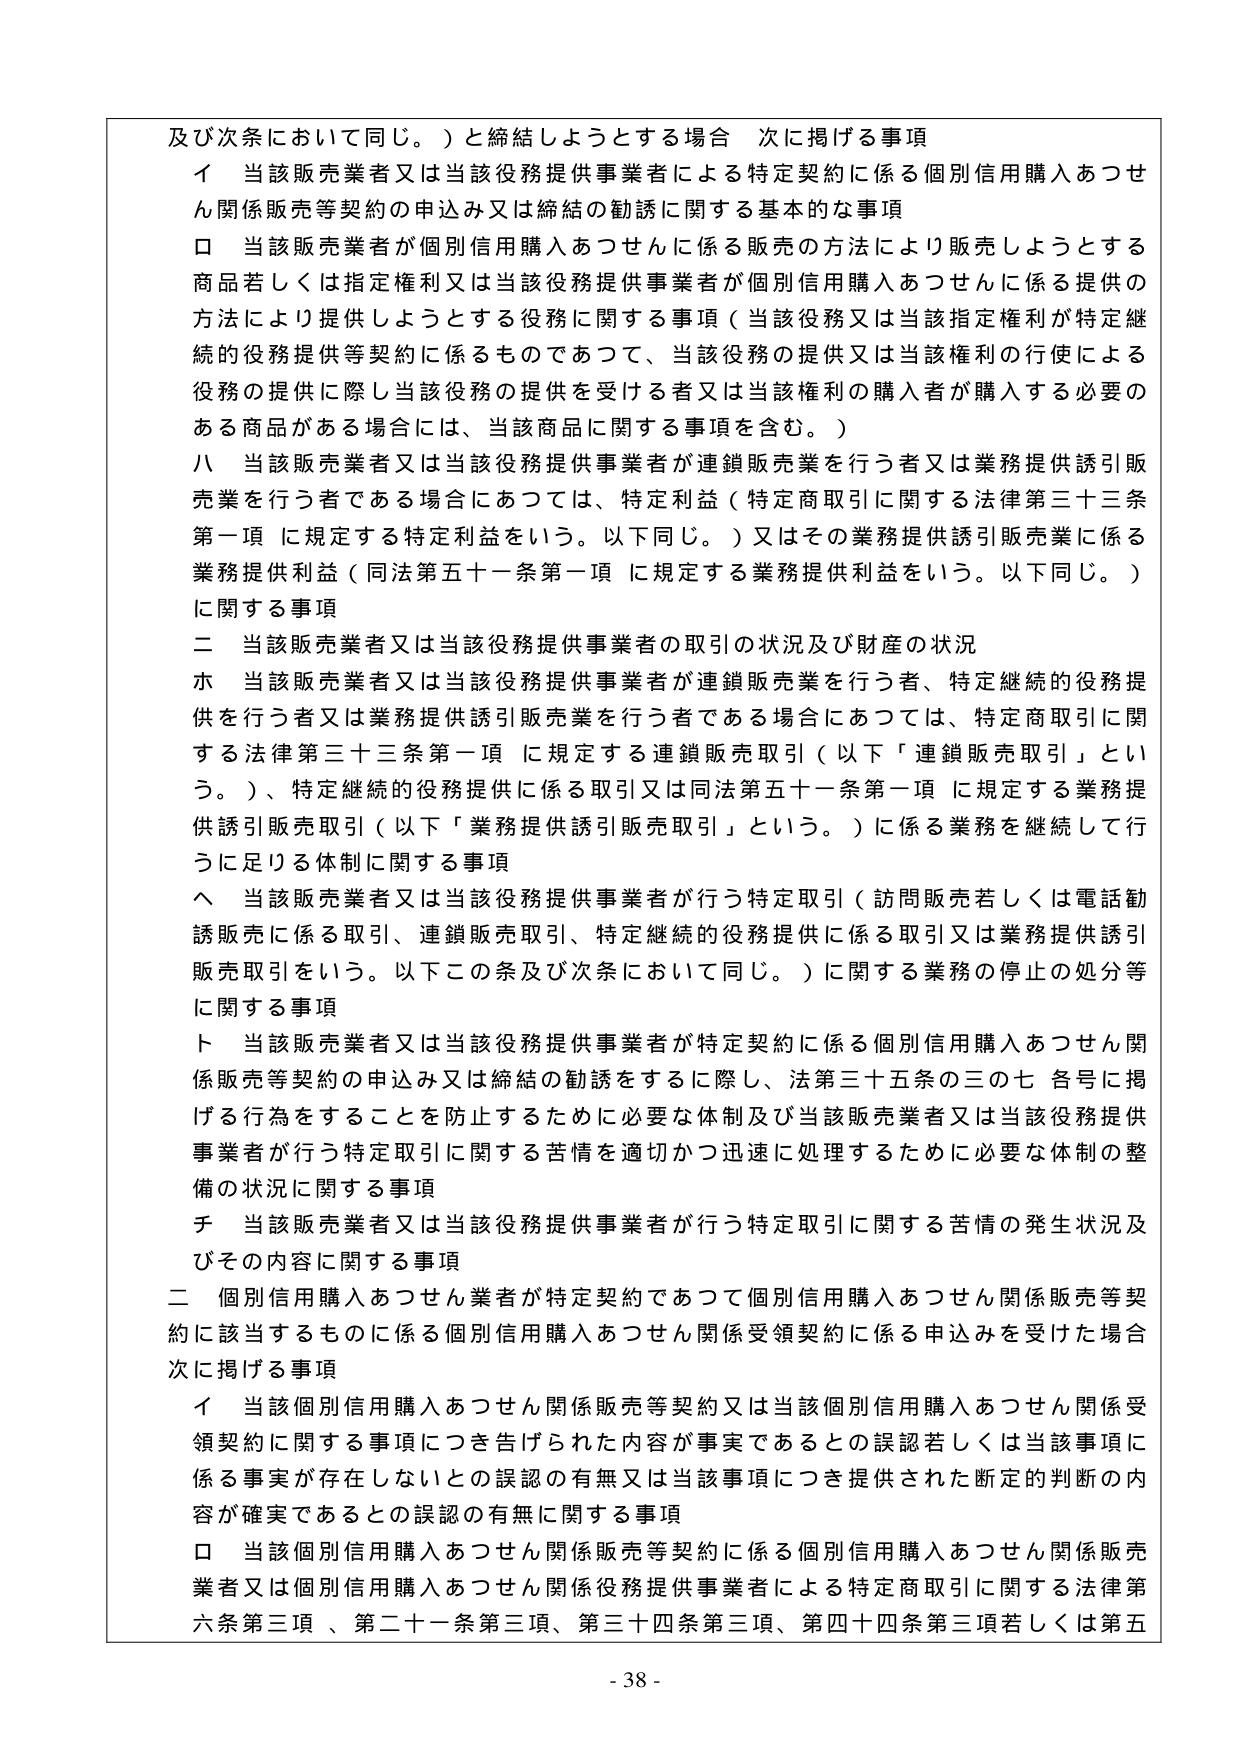
及び次条において同じ。）と締結しようとする場合 次に掲げる事項
イ 当該販売業者又は当該役務提供事業者による特定契約に係る個別信用購入あつせん関係販売等契約の申込み又は締結の勧誘に関する基本的な事項
ロ 当該販売業者が個別信用購入あつせんに係る販売の方法により販売しようとする商品若しくは指定権利又は当該役務提供事業者が個別信用購入あつせんに係る提供の方法により提供しようとする役務に関する事項（当該役務又は当該指定権利が特定継続的役務提供等契約に係るものであつて、当該役務の提供又は当該権利の行使による役務の提供に際し当該役務の提供を受ける者又は当該権利の購入者が購入する必要のある商品がある場合には、当該商品に関する事項を含む。）
ハ 当該販売業者又は当該役務提供事業者が連鎖販売業を行う者又は業務提供誘引販売業を行う者である場合にあつては、特定利益（特定商取引に関する法律第三十三条第一項に規定する特定利益をいう。以下同じ。）又はその業務提供誘引販売業に係る業務提供利益（同法第五十一条第一項に規定する業務提供利益をいう。以下同じ。）に関する事項
二 当該販売業者又は当該役務提供事業者の取引の状況及び財産の状況
ホ 当該販売業者又は当該役務提供事業者が連鎖販売業を行う者、特定継続的役務提供を行う者又は業務提供誘引販売業を行う者である場合にあつては、特定商取引に関する法律第三十三条第一項に規定する連鎖販売取引（以下「連鎖販売取引」という。）、特定継続的役務提供に係る取引又は同法第五十一条第一項に規定する業務提供誘引販売取引（以下「業務提供誘引販売取引」という。）に係る業務を継続して行うに足りる体制に関する事項
ヘ 当該販売業者又は当該役務提供事業者が行う特定取引（訪問販売若しくは電話勧誘販売に係る取引、連鎖販売取引、特定継続的役務提供に係る取引又は業務提供誘引販売取引をいう。以下この条及び次条において同じ。）に関する業務の停止の処分等に関する事項
ト 当該販売業者又は当該役務提供事業者が特定契約に係る個別信用購入あつせん関係販売等契約の申込み又は締結の勧誘をするに際し、法第三十五条の三の七各号に掲げる行為をすることを防止するために必要な体制及び当該販売業者又は当該役務提供事業者が行う特定取引に関する苦情を適切かつ迅速に処理するために必要な体制の整備の状況に関する事項
チ 当該販売業者又は当該役務提供事業者が行う特定取引に関する苦情の発生状況及びその内容に関する事項
二 個別信用購入あつせん業者が特定契約であつて個別信用購入あつせん関係販売等契約に該当するものに係る個別信用購入あつせん関係受領契約に係る申込みを受けた場合 次に掲げる事項
イ 当該個別信用購入あつせん関係販売等契約又は当該個別信用購入あつせん関係受領契約に関する事項につき告げられた内容が事実であるとの誤認若しくは当該事項に係る事実が存在しないとの誤認の有無又は当該事項につき提供された断定的判断の内容が確実であるとの誤認の有無に関する事項
ロ 当該個別信用購入あつせん関係販売等契約に係る個別信用購入あつせん関係販売業者又は個別信用購入あつせん関係役務提供事業者による特定商取引に関する法律第六条第三項、第二十一条第三項、第三十四条第三項、第四十四条第三項若しくは第五
- 38 -